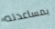
بمساعدته